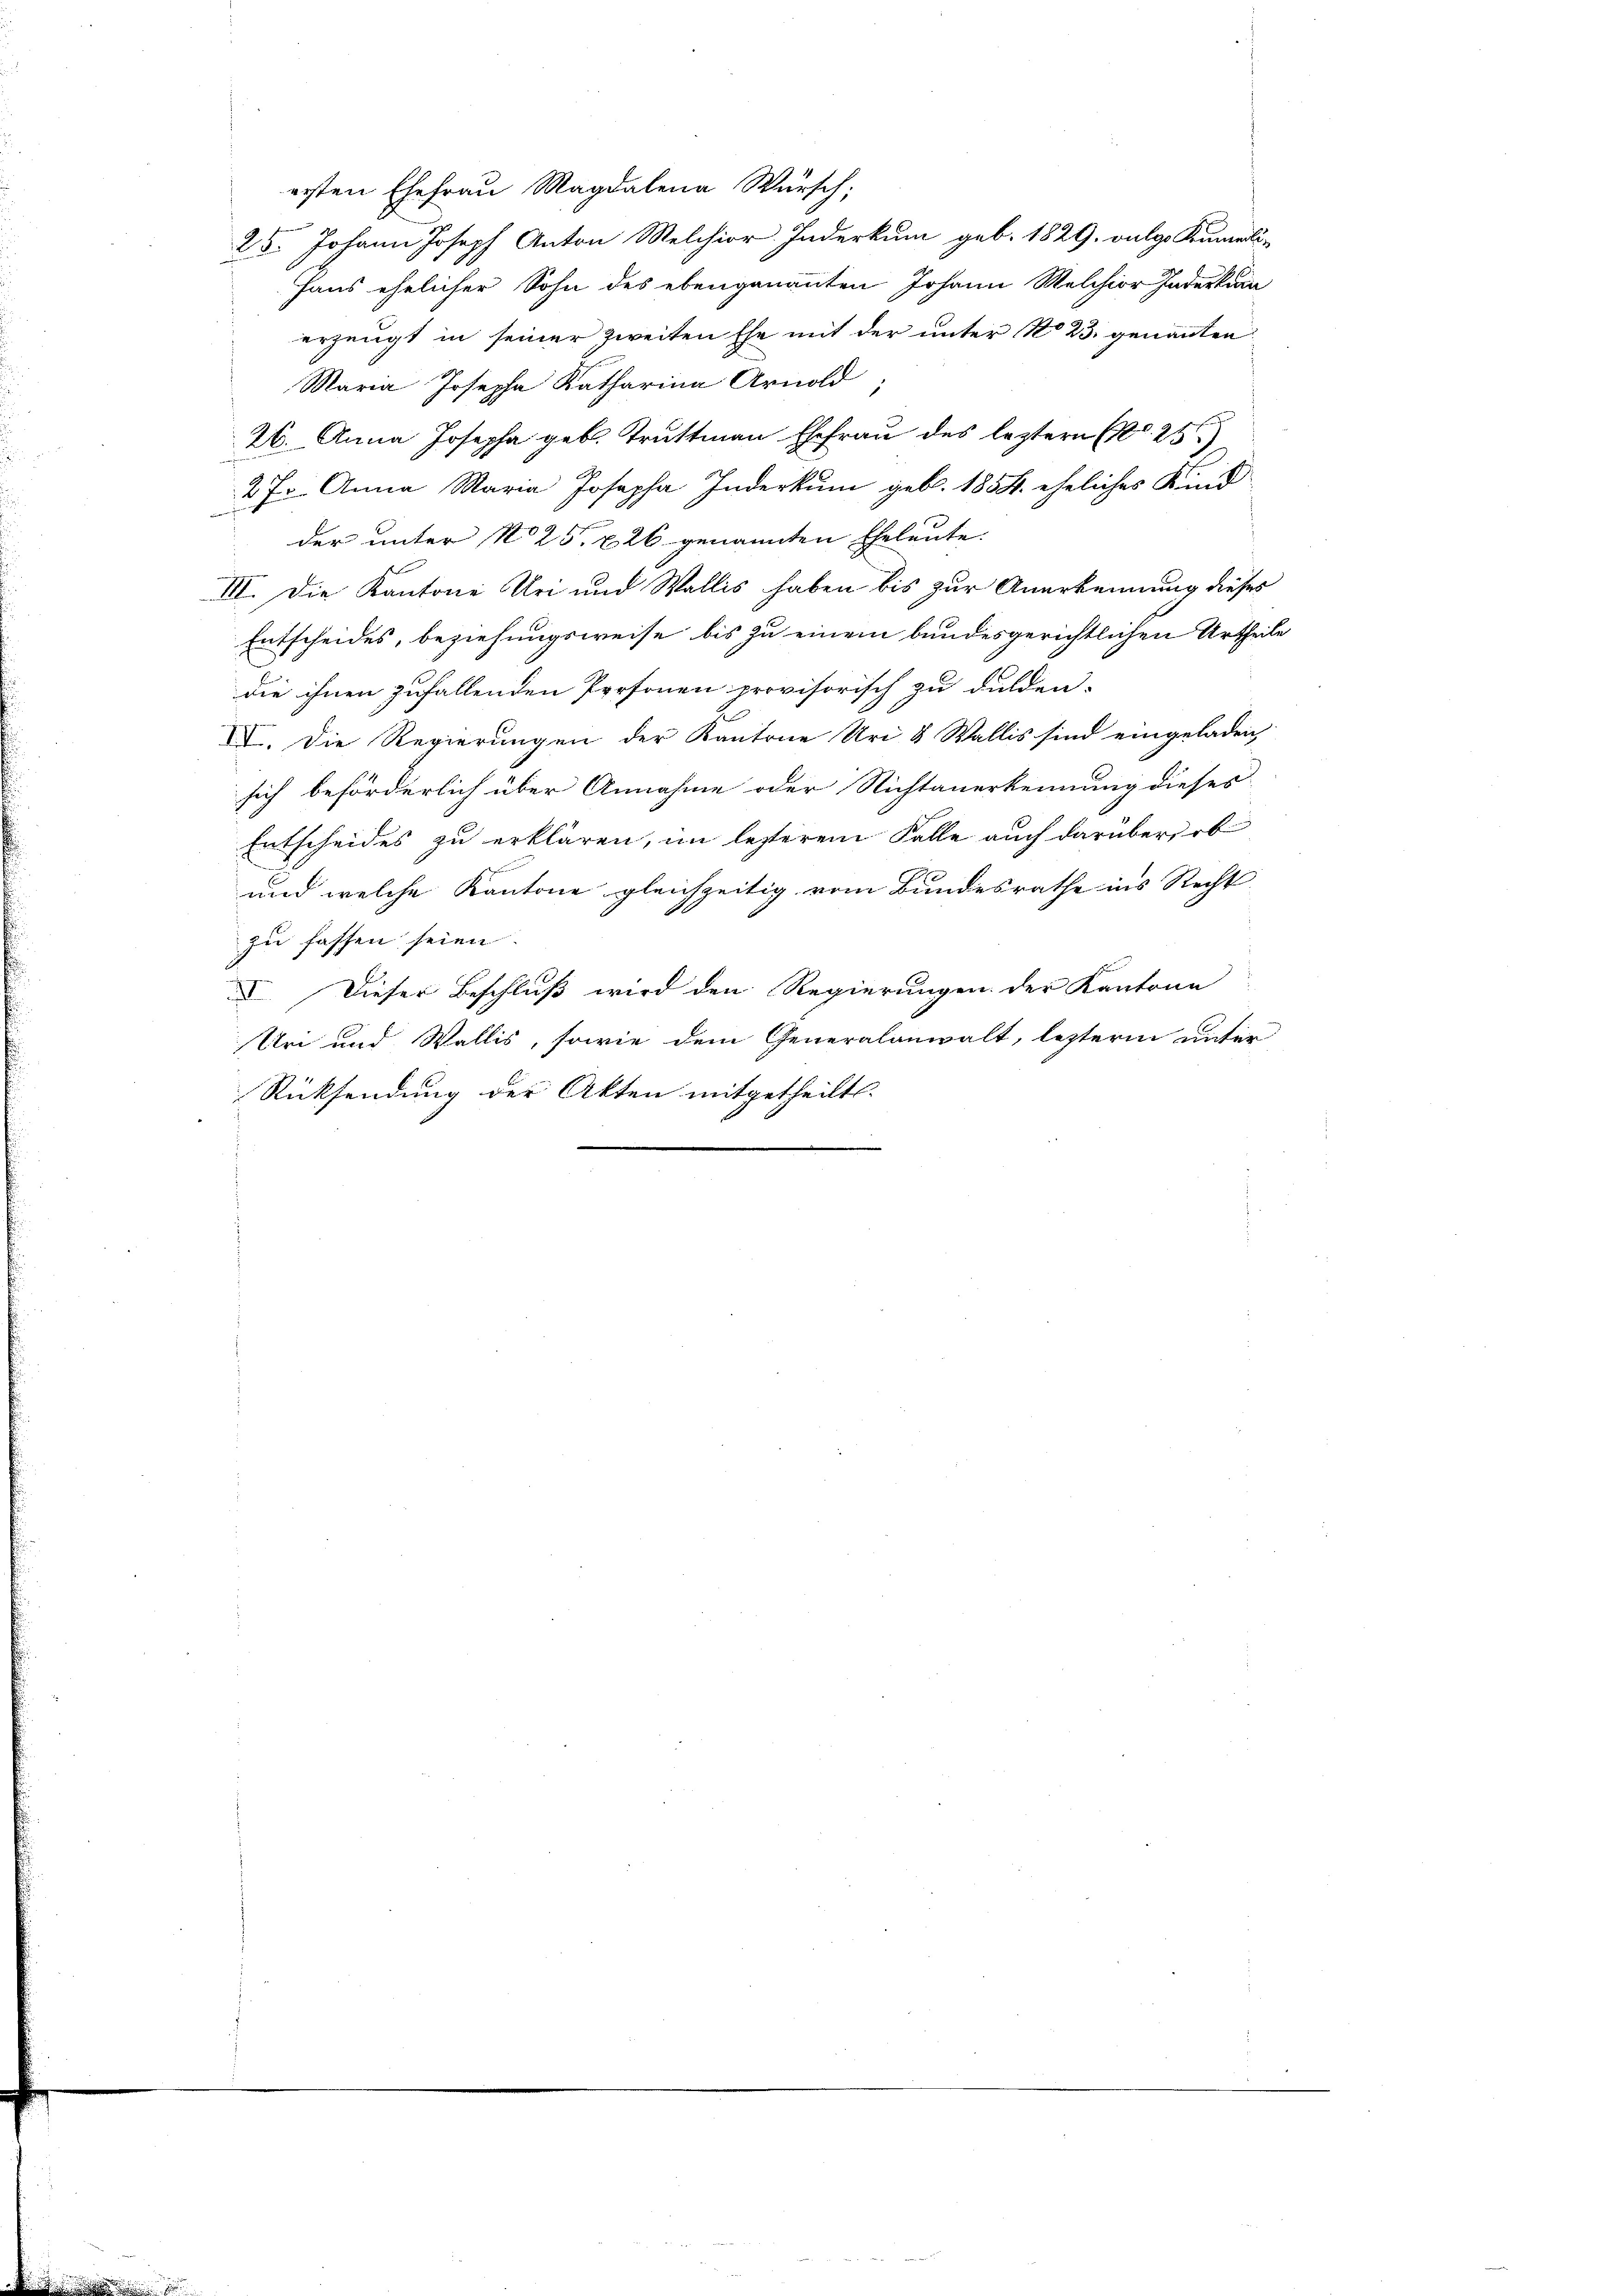
ersten Ehefrau Magdalena Würsch;
25. Johann Joseph Anton Melchior Inderkum geb. 1829. vulgo Kumelin
Haus ehelicher Sohn des ebengenannten Johann Melchior Indeskura
erzeugt in seiner zweiten Ehe mit der unter No 23. genannten
Maria Josepha Katharina Arnold
26. Anna Josepha geb. Truttmann Ehefrau des leztern d. 25)
2 J. Anna Maria Josepha Inderkum geb. 1854. eheliches Kind
der unter No 25. 226 genannten Eheleute.
III. Die Kantone Uri und Wallis haben bis zur Anerkennung dieses
Entscheides, beziehungsweise bis zu einem bundesgerichtlichen Urtheile
die ihnen zufallenden Personen provisorisch zu dulden.
2
IV. Die Regierungen der Kantone Uri 8 Wallis sind eingeladen,
sich beförderlich über Annahme oder Nichtanerkennung dieses
Entscheides zu erklären, im lezterem Falle auch darüber, ob
und welche Kantone gleichzeitig vom Bundesrathe ins Recht
zu fassen seien.
I. Dieser Beschluß wird den Regierungen der Kantone
Uri und Wallis, sowie dem Generalanwalt, lezterm unter
Rücksendung der Akten mitgetheilt.